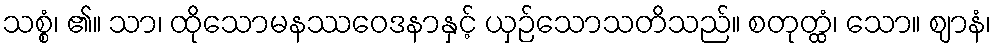
သစ္စံ၊ ၏။ သာ၊ ထိုသောမနဿဝေဒနာနှင့် ယှဉ်သောသတိသည်။ စတုတ္ထံ၊ သော။ ဈာနံ၊